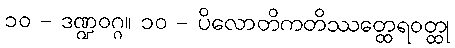
၁၀ - ဒဏ္ဍဝဂ္ဂ။ ၁၀ - ပိလောတိကတိဿတ္ထေရဝတ္ထု